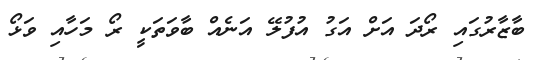
ބާޒާރުގައި ރޯދަ އަށް އަގު އުފުލޭ އަނެއް ބާވަތަކީ ރޯ މަހާއި ވަޅޯ